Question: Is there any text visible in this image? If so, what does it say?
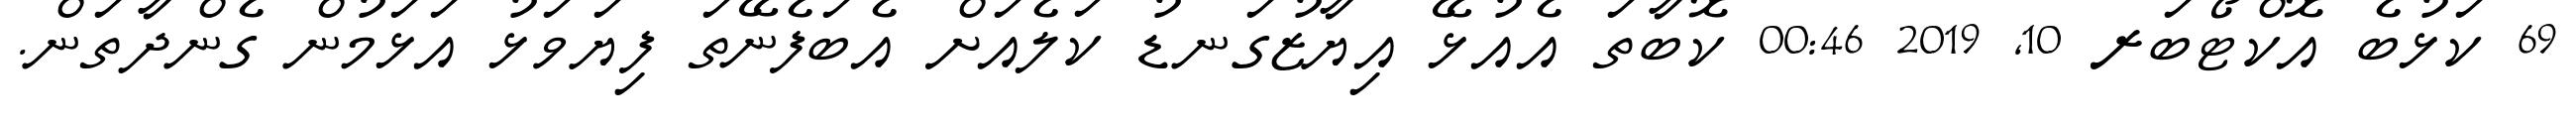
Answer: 69 ކަޅުބެ އޮކްޓޯބަރ 10, 2019 00:46 ކޮބާތަ އެއުޅޭ އިޔާޒުގަނޑު ކަލެއަށް އެބަފެނޭތަ ފިޔަވަޅު އަޅަމުން ގެންދާތަން.